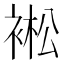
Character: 䘴